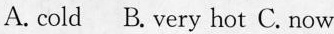
A. cold B.very hot C. now